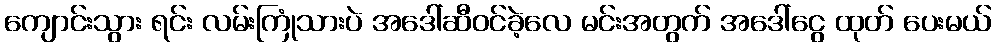
ကျောင်းသွား ရင်း လမ်းကြုံသားပဲ အဒေါ်ဆီဝင်ခဲ့လေ မင်းအတွက် အဒေါ်ငွေ ထုတ် ပေးမယ်